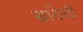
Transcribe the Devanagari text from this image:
साठेची